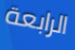
الرابعة